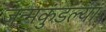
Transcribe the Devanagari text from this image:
जन्मकुंडल्या